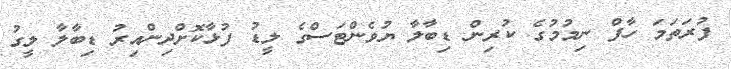
ފުރަތަމަ ހާފް ނިމުމުގެ ކުރިން ޑިބާލާ ޔުވެންޓަސްގެ ލީޑު ފުޅާކޮށްދިންއިރު ޑިބާލާ ލީގު